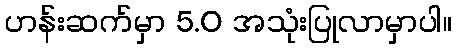
ဟန်းဆက်မှာ 5.0 အသုံးပြုလာမှာပါ။